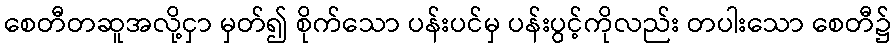
စေတီတဆူအလို့ငှာ မှတ်၍ စိုက်သော ပန်းပင်မှ ပန်းပွင့်ကိုလည်း တပါးသော စေတီ၌